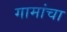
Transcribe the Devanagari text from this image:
गामांचा